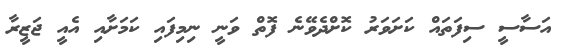
އަސާސީ ސިފަތައް ކަށަވަރު ކޮށްދެވޭނެ ފޮތް ވަނީ ނިމިފައި ކަމަށާއި އެއީ ޖަޒީރާ